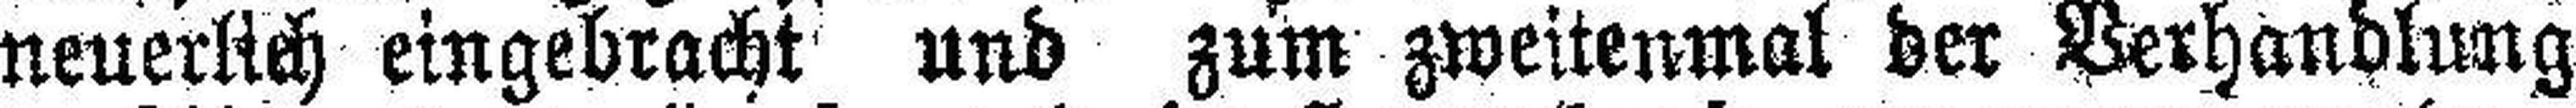
neuerlich eingebracht und zum zweitenmal der Verhandlung